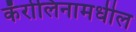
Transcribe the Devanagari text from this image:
कॅरोलिनामधील